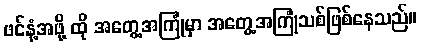
ဖင်နံ့အဖို့ ထို အတွေ့အကြုံမှာ အတွေ့အကြုံသစ်ဖြစ်နေသည်။